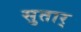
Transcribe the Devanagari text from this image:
सुतार्